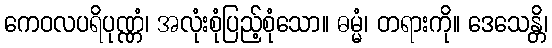
ကေဝလပရိပုဏ္ဏံ၊ အလုံးစုံပြည့်စုံသော။ ဓမ္မံ၊ တရားကို။ ဒေသေန္တိ၊